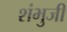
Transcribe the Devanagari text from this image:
शंभुजी